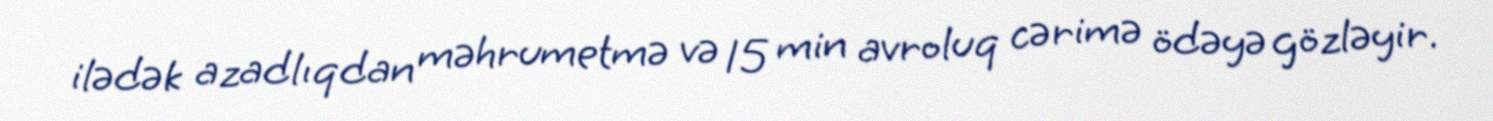
ilədək azadlıqdan məhrumetmə və 15 min avroluq cərimə ödəyə gözləyir.